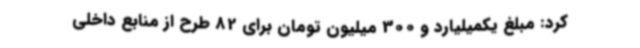
کرد: مبلغ یکمیلیارد و 300 میلیون تومان برای 82 طرح از منابع داخلی